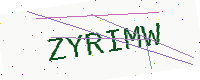
Text: ZYRIMW